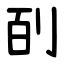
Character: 㓦